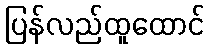
ပြန်လည်ထူထောင်